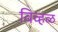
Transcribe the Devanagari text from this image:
विव्हळ